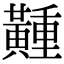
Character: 𪏘